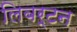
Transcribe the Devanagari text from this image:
लिबर्टन